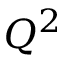
Q ^ { 2 }